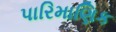
પારિમાણિક